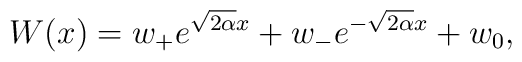
W(x)=w_+e^{\sqrt{2\alpha}x}+w_-e^{-\sqrt{2\alpha}x}+w_0,